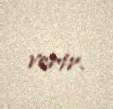
verir.